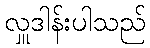
လှူဒါန်းပါသည်